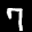
Label: 7